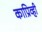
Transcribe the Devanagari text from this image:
काप्रिव्ही